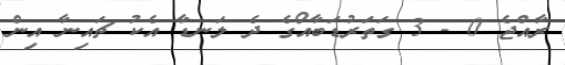
ރާއްޖެ 0 - 3 ގަތަރުޑަބާއޯގެ ދެ ލަނޑާ އެކު ޗައިނާ އިން